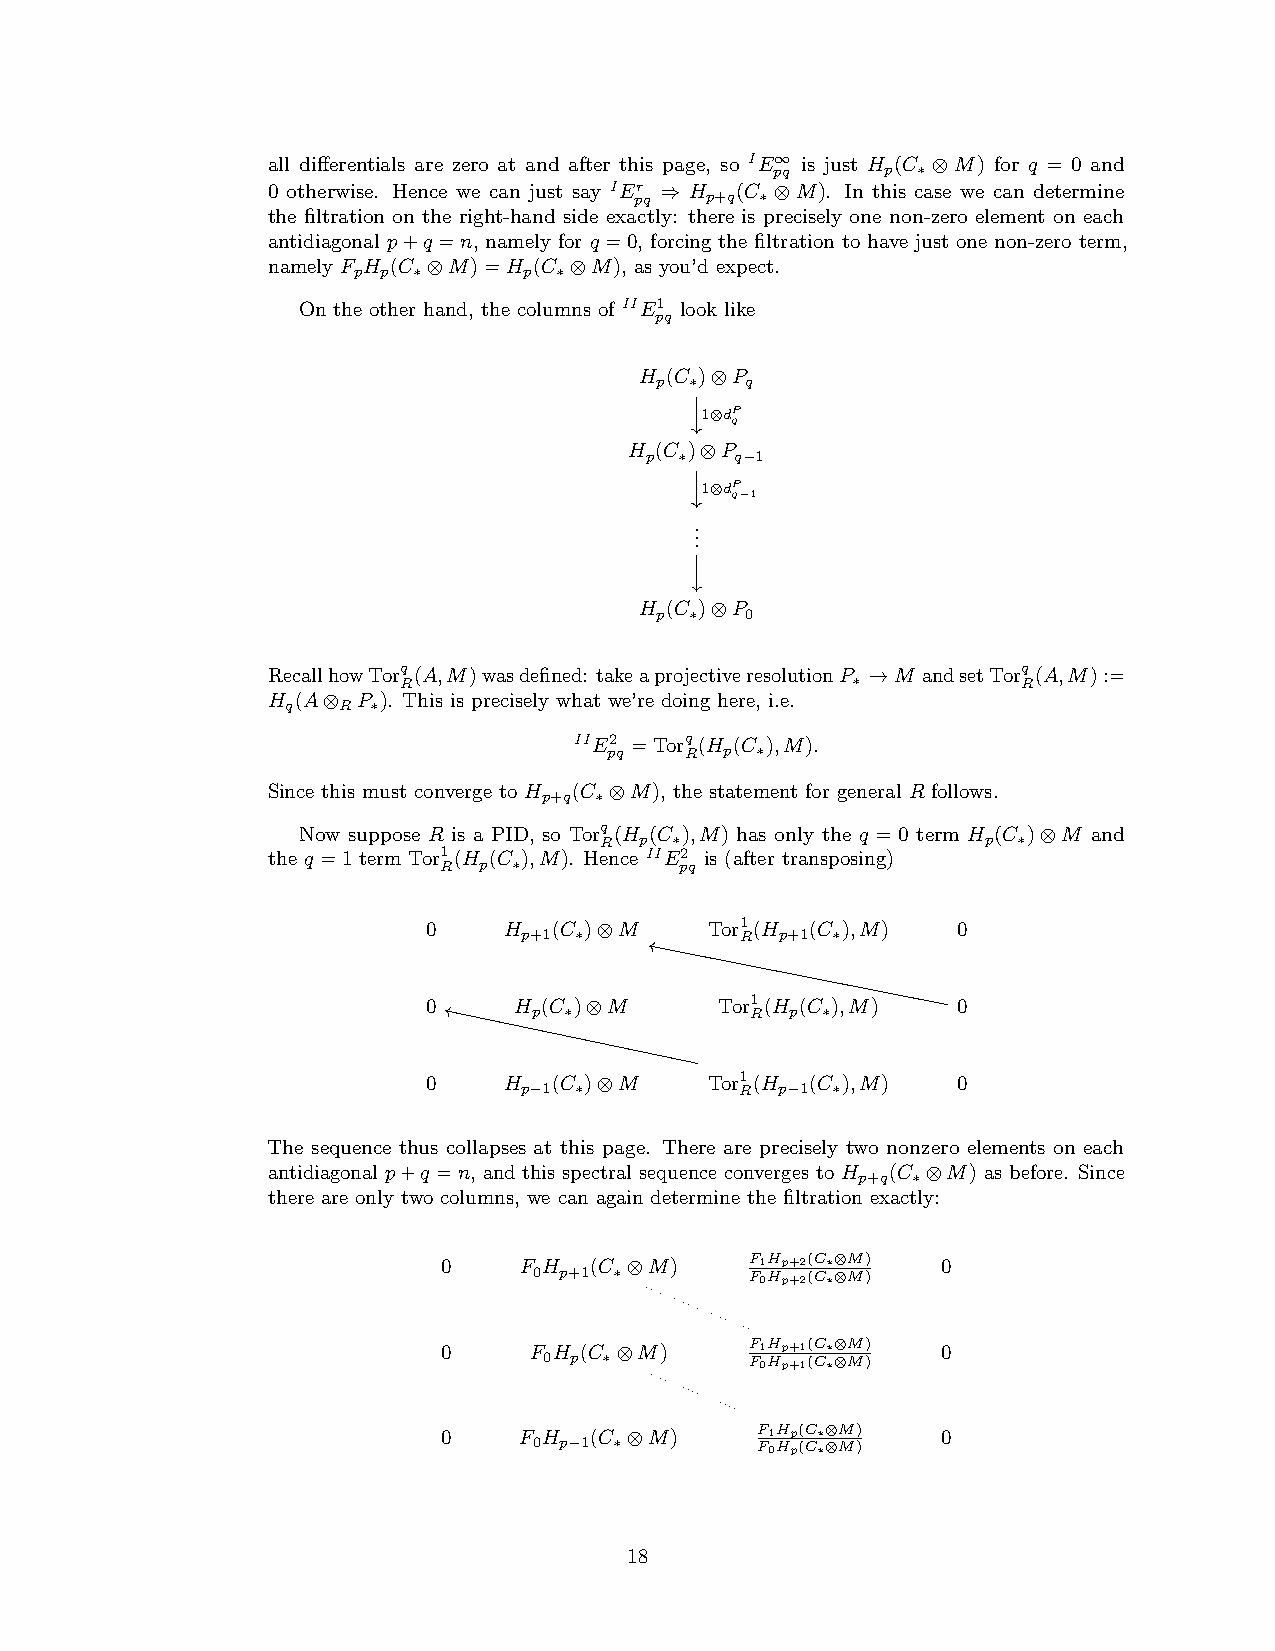
all differentials are zero at and after this page, so IE∞ is just H (C ⊗M) for q = 0 and
 pq      p ∗
 0 otherwise. Hence we can just say IEr ⇒ H (C ⊗M). In this case we can determine
 pq   p+q ∗
 the filtration on the right-hand side exactly: there is precisely one non-zero element on each
 antidiagonal p+q =n, namely for q =0, forcing the filtration to have just one non-zero term,
 namely F H (C ⊗M)=H (C ⊗M), as you’d expect.
 p p ∗       p ∗
 On the other hand, the columns of IIE1 look like
 pq
 H (C )⊗P
 p  ∗  q
 1⊗dP
 q
 H (C )⊗P
 p ∗   q−1
 1⊗dP
 q−1
 .
 .
 .
 H (C )⊗P
 p  ∗  0
 RecallhowTorq(A,M)wasdefined: takeaprojectiveresolutionP →M andsetTorq(A,M):=
 R                             ∗           R
 H (A⊗ P ). This is precisely what we’re doing here, i.e.
 q  R  ∗
 IIE2 =Torq(H (C ),M).
 pq   R  p ∗
 Since this must converge to H (C ⊗M), the statement for general R follows.
 p+q ∗
 Now suppose R is a PID, so Torq(H (C ),M) has only the q = 0 term H (C )⊗M and
 R p ∗                    p ∗
 the q =1 term Tor1(H (C ),M). Hence IIE2 is (after transposing)
 R  p ∗          pq
 0    H   (C )⊗M    Tor1(H (C ),M)  0
 p+1 ∗          R  p+1 ∗
 0     H (C )⊗M      Tor1(H (C ),M) 0
 p ∗            R p ∗
 0    H   (C )⊗M    Tor1(H (C ),M)  0
 p−1 ∗          R  p−1 ∗
 The sequence thus collapses at this page. There are precisely two nonzero elements on each
 antidiagonal p+q =n, and this spectral sequence converges to H (C ⊗M) as before. Since
 p+q ∗
 there are only two columns, we can again determine the filtration exactly:
 0    F H  (C ⊗M)     F1Hp+2(C∗⊗M) 0
 0 p+1 ∗        F0Hp+2(C∗⊗M)
 0     F H (C ⊗M)     F1Hp+1(C∗⊗M) 0
 0 p ∗         F0Hp+1(C∗⊗M)
 0    F H  (C ⊗M)     F1Hp(C∗⊗M)  0
 0 p−1 ∗        F0Hp(C∗⊗M)
 18